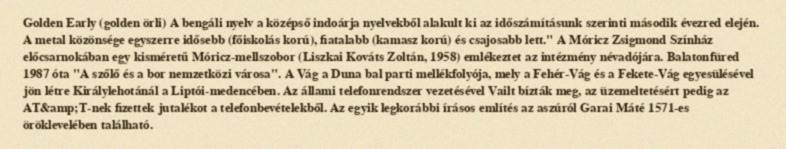
Golden Early (golden örli) A bengáli nyelv a középső indoárja nyelvekből alakult ki az időszámításunk szerinti második évezred elején. A metal közönsége egyszerre idősebb (főiskolás korú), fiatalabb (kamasz korú) és csajosabb lett." A Móricz Zsigmond Színház előcsarnokában egy kisméretű Móricz-mellszobor (Liszkai Kováts Zoltán, 1958) emlékeztet az intézmény névadójára. Balatonfüred 1987 óta "A szőlő és a bor nemzetközi városa". A Vág a Duna bal parti mellékfolyója, mely a Fehér-Vág és a Fekete-Vág egyesülésével jön létre Királylehotánál a Liptói-medencében. Az állami telefonrendszer vezetésével Vailt bízták meg, az üzemeltetésért pedig az AT&amp;T-nek fizettek jutalékot a telefonbevételekből. Az egyik legkorábbi írásos említés az aszúról Garai Máté 1571-es öröklevelében található.